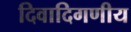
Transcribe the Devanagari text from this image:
दिवादिगणीय